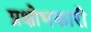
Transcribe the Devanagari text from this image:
प्रक्षोभकारी